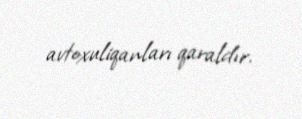
avtoxuliqanları qaraldır.